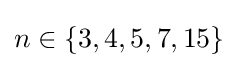
n\in \{3,4,5,7,15\}